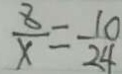
\frac { 8 } { x } = \frac { 1 0 } { 2 4 }